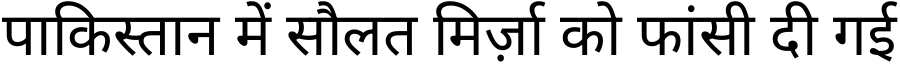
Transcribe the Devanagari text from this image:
पाकिस्तान में सौलत मिर्ज़ा को फांसी दी गई